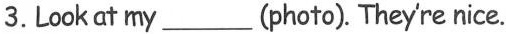
3.Lookat my___(photo).Theyre nice.